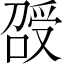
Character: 𠺥